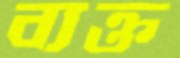
ব্যক্ত